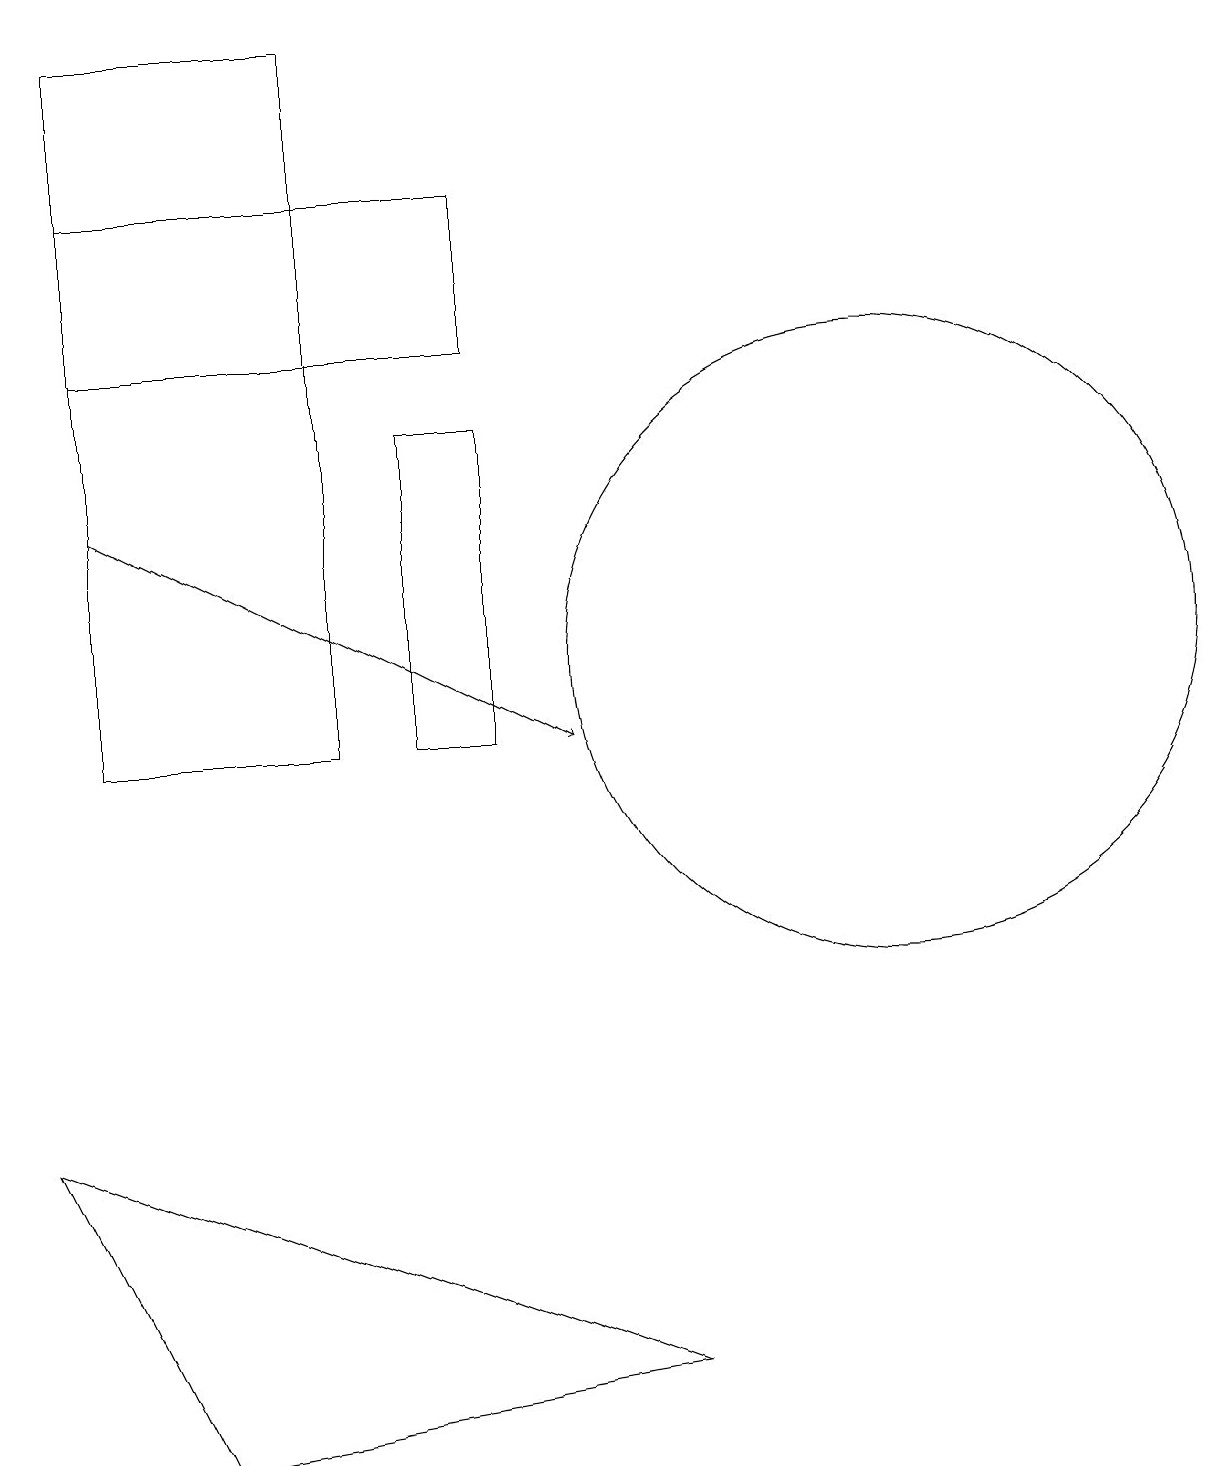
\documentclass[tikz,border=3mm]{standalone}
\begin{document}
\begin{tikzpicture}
\draw (9,2) -- (1,5) -- (3,1) -- cycle;
\draw[->] (2,13) -- (8,10);
\draw (7,15) rectangle (2,17);
\draw (7,10) rectangle (6,14);
\draw (2,10) rectangle (5,19);
\draw (12,11) circle (4);
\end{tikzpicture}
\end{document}